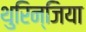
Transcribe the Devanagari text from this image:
थुरिन्जिया